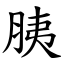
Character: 胰